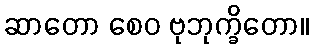
ဆာတော စေဝ ဗုဘုက္ခိတော။